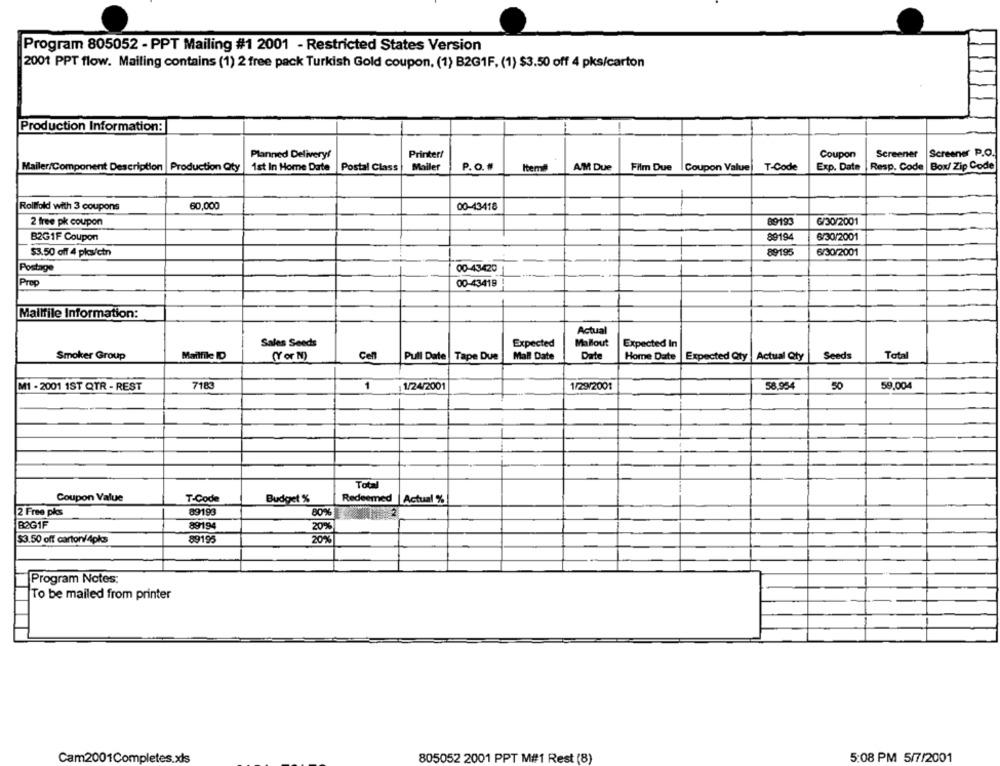
Program 805052 - PPT Mailing #1 2001 - Restricted States Version
2001 PPT flow. Mailing contains (1) 2 free pack Turkish Gold coupon, (1) B2G1F. (1) $3.50 off 4 pks/carton
Production Information:
Planned Delivery!
Printer/
Coupon
Screener
Screener P.O.
Mailer/Component Description |Production Qty
1st In Home Date
Postal Class
Mailer
P. O.
Itemi
AM Due
Film Due
Coupon Value
T-Code
Exp. Date
Resp. Code Box/ Zip Code
Rollfold with 3 coupons
60,000
00-43418
2 free pk coupon
89193
G/30/2001
B2G1F Coupon
89194
6/30/2001
$3.50 off 4 pks/ctn
89195
6/30/2001
Postage
00-43420
Prep
00-43419
Mailtile Information:
Actual
Sales Seeds
Expected
Mallout
Expected In
Smoker Group
Mailfile ID
(Y or N)
Cell
Pull Date Tape Due
Mall Date
Date
Home Date
Expected Qty | Actual Qty
Seeds
Total
M1 - 2001 1ST QTR - REST
718
1
1/24/2001
1/29/2001
58,954
50
59,004
Total
Coupon Value
T-Code
Budget %
Redeemed
Actual %
2 Free pks
89193
80%
BOG1F
89194
20%
$3.50 off carton/4pks
89195
20%
Program Notes:
To be mailed from printer
805052 2001 PPT M#1 Rest (8)
5:08 PM 5/7/2001
Cam2001Completes.xls